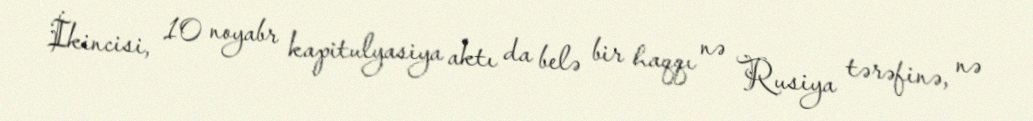
İkincisi, 10 noyabr kapitulyasiya aktı da belə bir haqqı nə Rusiya tərəfinə, nə